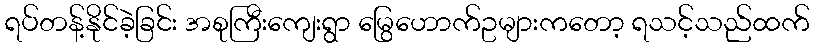
ရပ်တန့်နိုင်ခဲ့ခြင်း အစုကြီးကျေးရွာ မြွေဟောက်ဥများကတော့ ရသင့်သည်ထက်